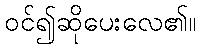
ဝင်၍ဆိုပေးလေ၏။